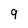
Character: 9